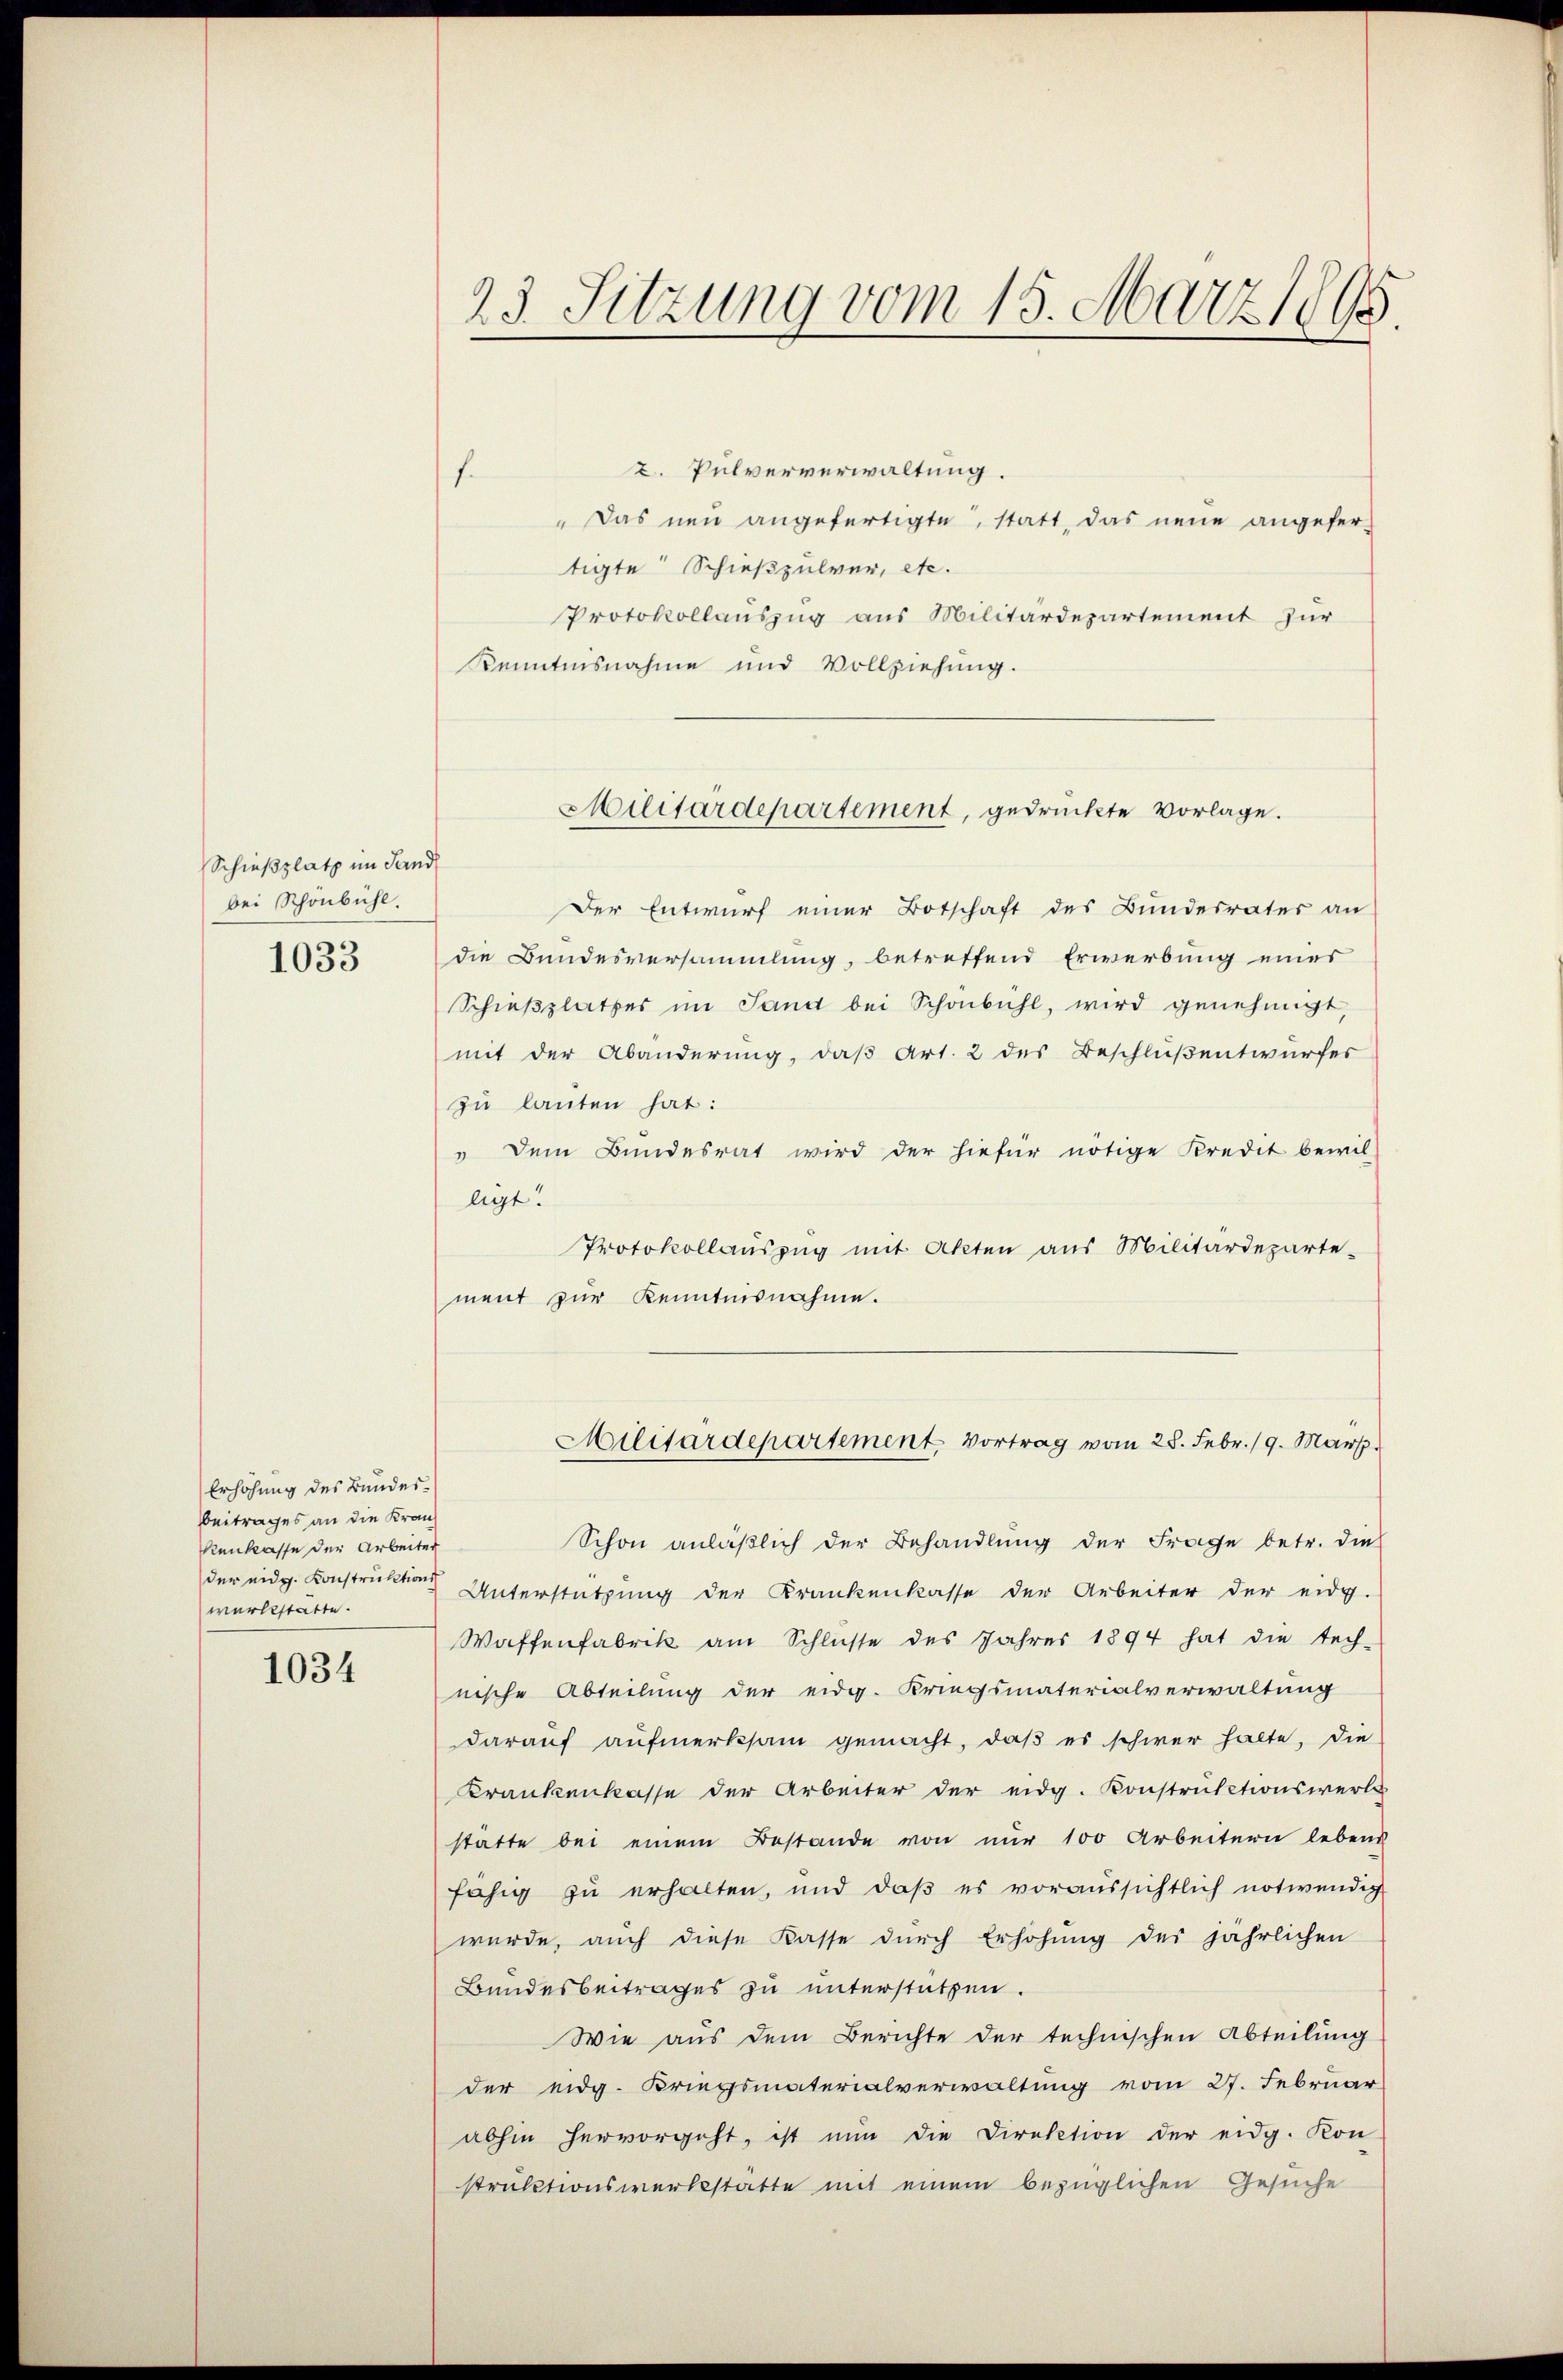
Schießplatz im Sand
bei Schönbühl.
1033

Erhöhung des Bundes¬
Beitrages an die Kran¬
Renkasse der Arbeiter
der eidg. Konstruktions
werkstatte.

1034

2. Pulververwaltung.
f.
" Das neu angefertigte, statt, das neue angefertigte Schießpulver, etc.
Protokollauszug aus Militärdepartement zur
Kenntnisnahme und Vollziehung.
Der Entwurf einer Botschaft des Bundesrates an
die Bundesversammlung, betreffend Erwerbung eines
Schieβplattes im Sand bei Schönbühl, wird genehmigt,
mit der Abänderung, daß Art. 2 des Beschlußentwurfes
zu lauten hat:
" Dem Bundesrat wird der hiefür nötige Kredit bewil-
ligt.
Protokollauszug mit Akten aus Militärdeparte-
ment zur Kenntnisnahme.

23. Sitzung vom 15. März 1895.

Schon anläßlich der Behandlung der Frage betr. die
Unterstützung der Krankenkasse der Arbeiter der eidg.
Waffenfabrik am Schlüsse des Jahres 1894 hat die tech-
nische Abteilung der eidg. Kriegsmaterialverwaltung
darauf aufmerksam gemacht, daß es schwer halte, die
Krankenkasse der Arbeiter der eidg. Konstruktionswerks
statte bei einem Bestande von nur 100 Arbeitern lebens
fähig zu erhalten, und daβ es voraussichtlich notwendig
würde, auch diese Kasse durch Erhöhung des jährlichen
Bundesbeitrages zu unterstützen.
Wie aus dem Berichte der technischen Abteilung
der eidg. Kriegsmaterialverwaltung vom 27. Februar
abhin hervorgeht, ist nŭn die Direktion der eidg. Kon-
struktionswerksstatte mit einem bezüglichen Gesuche

Militärdepartement, gedrückte Vorlage.

Militärdepartement. Vortrag vom 28. Febr. 19. März.